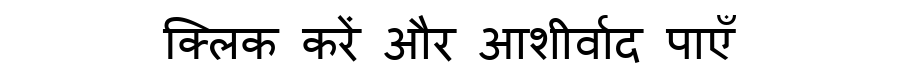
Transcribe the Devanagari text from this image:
क्लिक करें और आशीर्वाद पाएँ